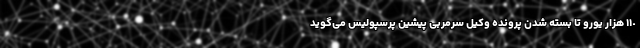
١١٠ هزار یورو تا بسته شدن پرونده وکیل سرمربی پیشین پرسپولیس می‌گوید